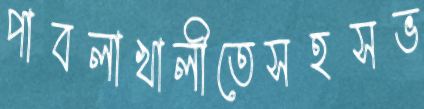
পাবলাখালীতেসহসভ